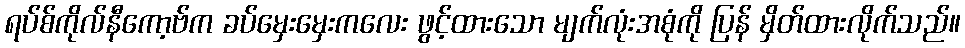
ရပ်စ်ကိုလ်နီကော့ဗ်က ခပ်မှေးမှေးကလေး ဖွင့်ထားသော မျက်လုံးအစုံကို ပြန် မှိတ်ထားလိုက်သည်။